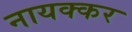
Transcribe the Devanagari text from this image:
नायक्कर